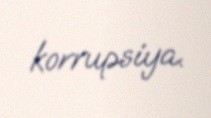
korrupsiya.